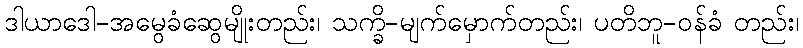
ဒါယာဒေါ-အမွေခံဆွေမျိုးတည်း၊ သက္ခိ-မျက်မှောက်တည်း၊ ပတိဘူ-ဝန်ခံ တည်း၊